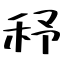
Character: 𥝱